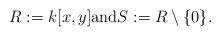
LaTeX: \begin{align*}R := k[x, y] {\rm and} S := R \setminus \{0\}.\end{align*}